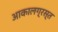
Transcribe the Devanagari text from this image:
आकालग्रस्त